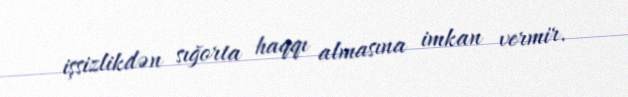
işsizlikdən sığorta haqqı almasına imkan vermir.